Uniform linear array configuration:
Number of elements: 8
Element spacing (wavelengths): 0.5
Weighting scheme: hann
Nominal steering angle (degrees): -45
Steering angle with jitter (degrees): -43.147
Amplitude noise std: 0.05
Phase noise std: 0.05

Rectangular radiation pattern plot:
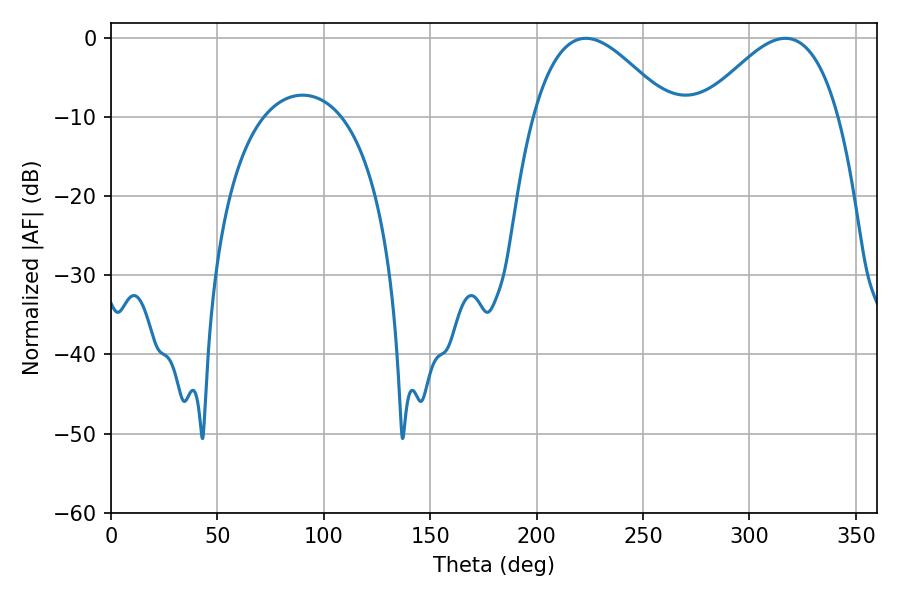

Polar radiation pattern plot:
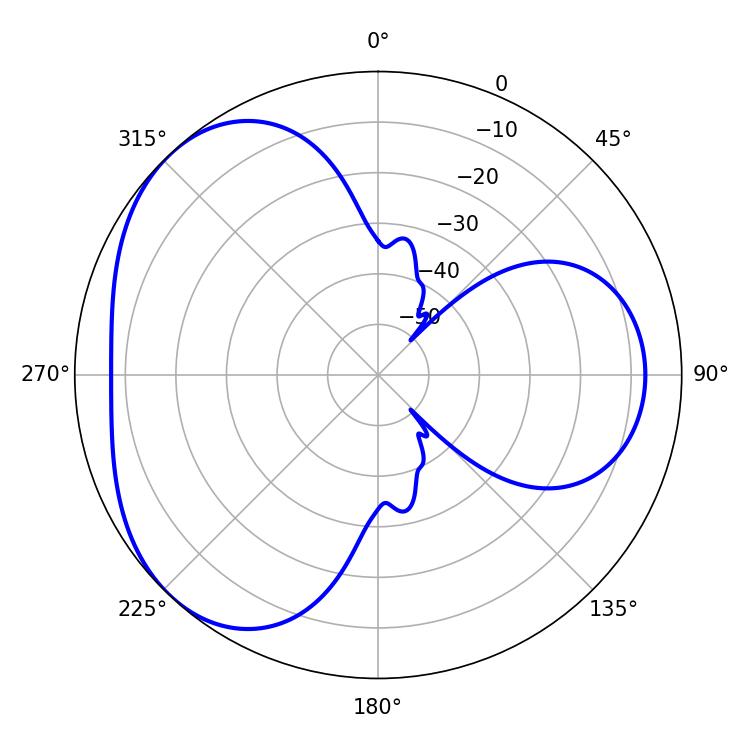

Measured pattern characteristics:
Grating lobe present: FALSE
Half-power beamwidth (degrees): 34.74
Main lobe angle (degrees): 223.2